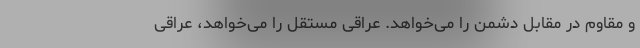
و مقاوم در مقابل دشمن را ‌می‌خواهد. عراقی مستقل را می‌خواهد، عراقی